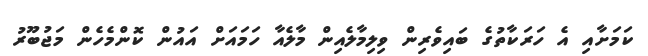
ކަމަށާއި އެ ހަރަކާތުގެ ބައިވެރިން ވިލިމާލެއިން މާލެއާ ހަމައަށް އައުން ކޮންމެހެން މަޖުބޫރު